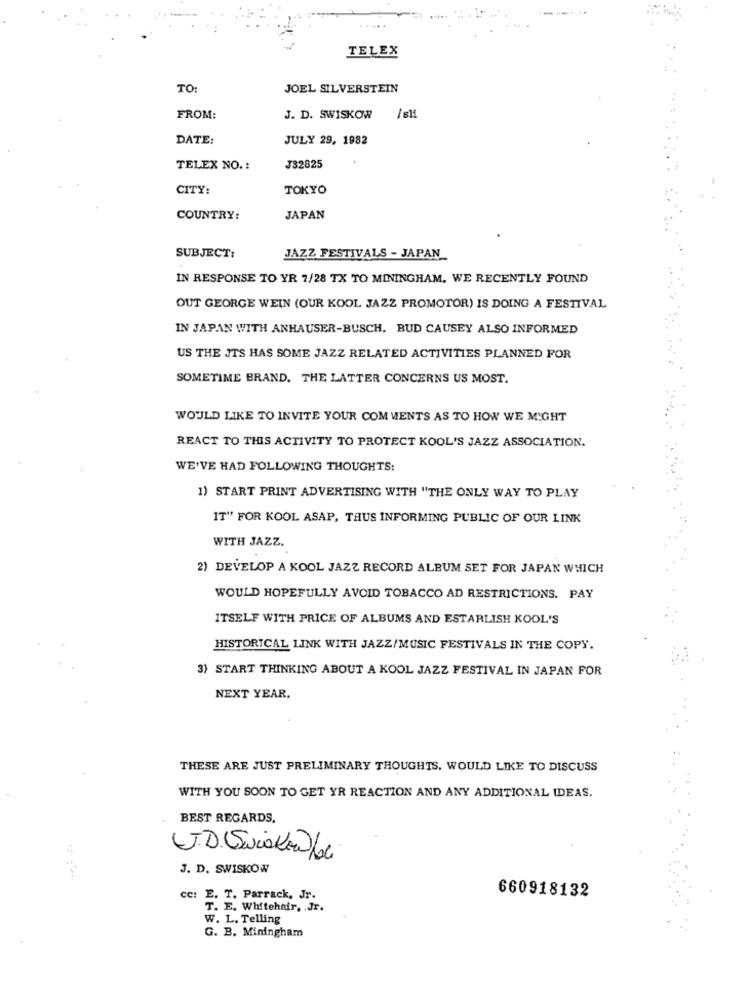
TELEX
TO:
JOEL SILVERSTEIN
FROM:
J. D. SWISKOW /sli
DATE:
JULY 29, 1982
TELEX NO. :
J32825
CITY:
TOKYO
COUNTRY:
JAPAN
SUBJECT:
JAZZ FESTIVALS - JAPAN
IN RESPONSE TO YR 7/28 TX TO MININGHAM, WE RECENTLY FOUND
OUT GEORGE WEIN (OUR KOOL JAZZ PROMOTOR) IS DOING A FESTIVAL
IN JAPAN WITH ANHAUSER-BUSCH. BUD CAUSEY ALSO INFORMED
US THE JTS HAS SOME JAZZ RELATED ACTIVITIES PLANNED FOR
SOMETIME BRAND. THE LATTER CONCERNS US MOST.
WOULD LIKE TO INVITE YOUR COMMENTS AS TO HOW WE MIGHT
REACT TO THIS ACTIVITY TO PROTECT KOOL'S JAZZ ASSOCIATION.
WE'VE HAD FOLLOWING THOUGHTS:
1) START PRINT ADVERTISING WITH "THE ONLY WAY TO PLAY
IT" FOR KOOL ASAP, THUS INFORMING PUBLIC OF OUR LINK
WITH JAZZ.
2) DEVELOP A KOOL JAZZ RECORD ALBUM SET FOR JAPAN WHICH
WOULD HOPEFULLY AVOID TOBACCO AD RESTRICTIONS. PAY
ITSELF WITH PRICE OF ALBUMS AND ESTABLISH KOOL'S
HISTORICAL LINK WITH JAZZ/MUSIC FESTIVALS IN THE COPY.
3) START THINKING ABOUT A KOOL JAZZ FESTIVAL IN JAPAN FOR
NEXT YEAR.
THESE ARE JUST PRELIMINARY THOUGHTS, WOULD LIKE TO DISCUSS
WITH YOU SOON TO GET YR REACTION AND ANY ADDITIONAL IDEAS.
BEST REGARDS.
J. D. SWISKOW
cc: E. T. Parrack, Jr.
660918132
T. E. Whitehair, . Jr.
W. L. Telling
G. B. Miningham